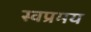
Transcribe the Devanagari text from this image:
स्वप्रमय